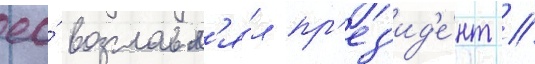
ео́ возглавл'я́л пр'ез'ид'е́нт //